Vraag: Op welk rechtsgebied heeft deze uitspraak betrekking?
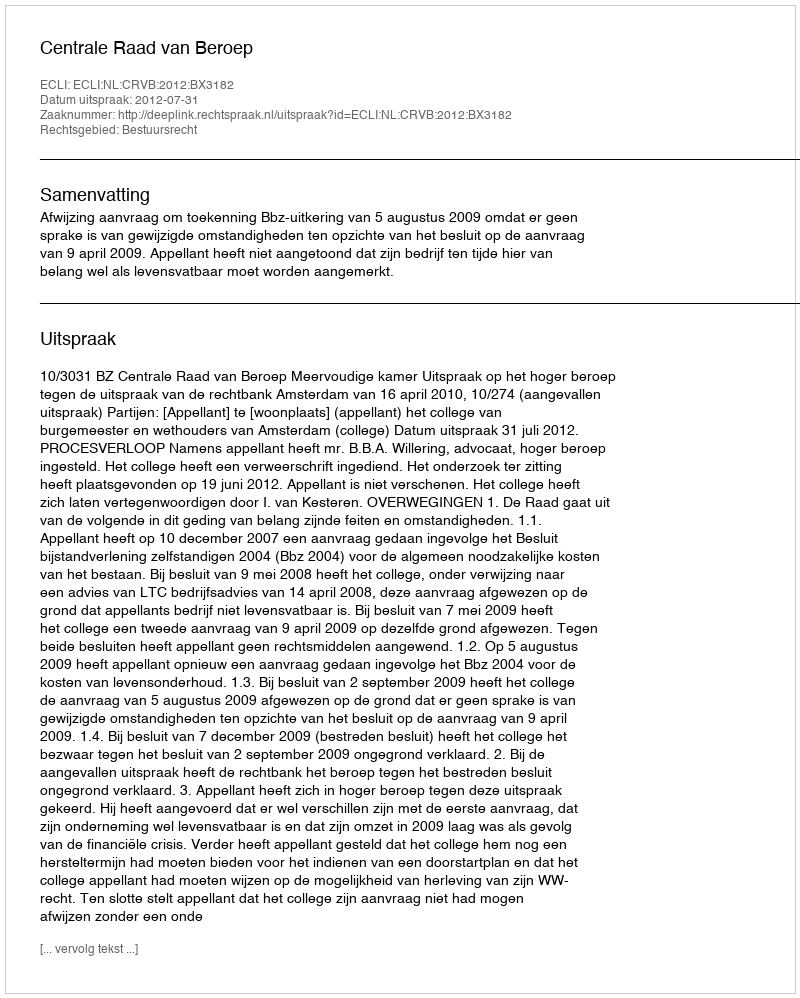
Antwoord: Bestuursrecht